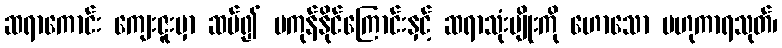
ဆရာကောင်း ကျေးဇူးမှာ ဆပ်၍ မကုန်နိုင်ကြောင်းနှင့် ဆရာသုံးမျိုးကို ဟောသော ဗဟုကာရသုတ်၊